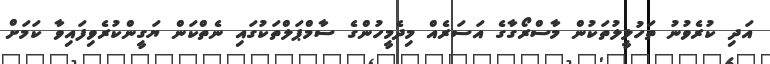
އަދި ކުރެވުނު ތަހުލީލުތަކުން މާސްރޯގާގެ އަސަރެއް މިދެމީހުންގެ ސާމްޕަލްތަކުގައި ނެތްކަން ޔަގީންކުރެވިފައިވާ ކަމަށް